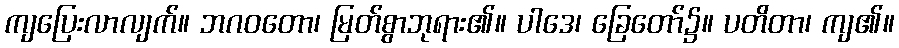
ကျပြေးလာလျက်။ ဘဂဝတော၊ မြတ်စွာဘုရား၏။ ပါဒေ၊ ခြေတော်၌။ ပတိတာ၊ ကျ၏။